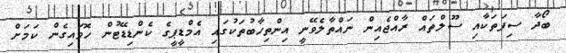
ބޯދާ ސިފަތަކާއި ސޫލްތައް ރާއްޖެއިން ނައްތާލެވޭނީ އިންތިހާބުތަކުގައި އެމްޑީޕީގެ ކެންޑިޑޭޓުން ހޮވައިގެން ކަމަށް